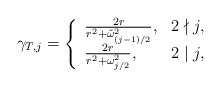
\begin{align*}\gamma_{T,j}=\left\{ \begin{array}{ll} \frac{2r}{r^2+\tilde{\omega}_{(j-1)/{2}}^2} , & 2 \nmid j, \\ \frac{2r}{r^2+{\omega}_{{j}/{2}}^2}, & 2 \mid j, \end{array}\right.\end{align*}